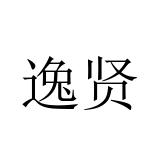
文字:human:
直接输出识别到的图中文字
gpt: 逸贤